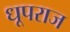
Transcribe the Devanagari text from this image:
धूपराज